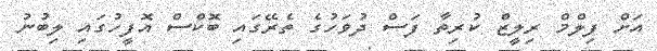
އަށް ފިލްމް ރިލީޒް ކުރިތާ ފަސް ދުވަހުގެ ތެރޭގައި ބޮކްސް އޮފީހުގައި ލިބުނު